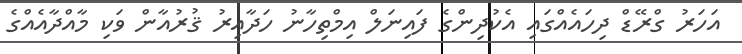
އަހަރު ގްރޭޑް ދިހައެއްގައި އެކުދިންގެ ފައިނަލް އިމްތިހާނު ހަދާއިރު ޤުރުއާން ވަކި މާއްދާއެއްގެ